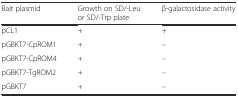
| Bait plasmid | Growth on SD/-Leu or SD/-Trp plate | β-galactosidase activity |
 | --- | --- | --- |
 | pCL1 | + | + |
 | pGBKT7-CpROM1 | + | – |
 | pGBKT7-CpROM4 | + | – |
 | pGBKT7-TgROM2 | + | – |
 | pGBKT7 | + | – |